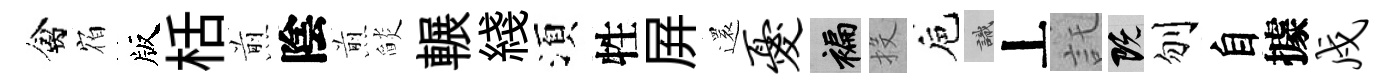
禽𪧐版栝煎陰煎𦦨輾綫湏牲屛還忧褊投巵識丄託既刎自據戍